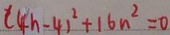
( 4 h - 4 ) ^ { 2 } + 1 6 n ^ { 2 } = 0